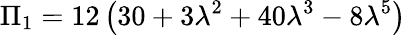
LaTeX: \Pi_{1}=12\left(30+3\lambda^{2}+40\lambda^{3}-8\lambda^{5}\right)